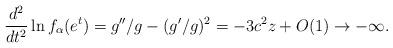
LaTeX: \begin{align*}\frac{d^2}{dt^2}\ln f_\alpha(e^{t}) = g''/g-(g'/g)^2 = -3c^2z+O(1) \to -\infty.\end{align*}